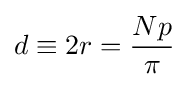
d\equiv 2r={\frac {Np}{\pi }}